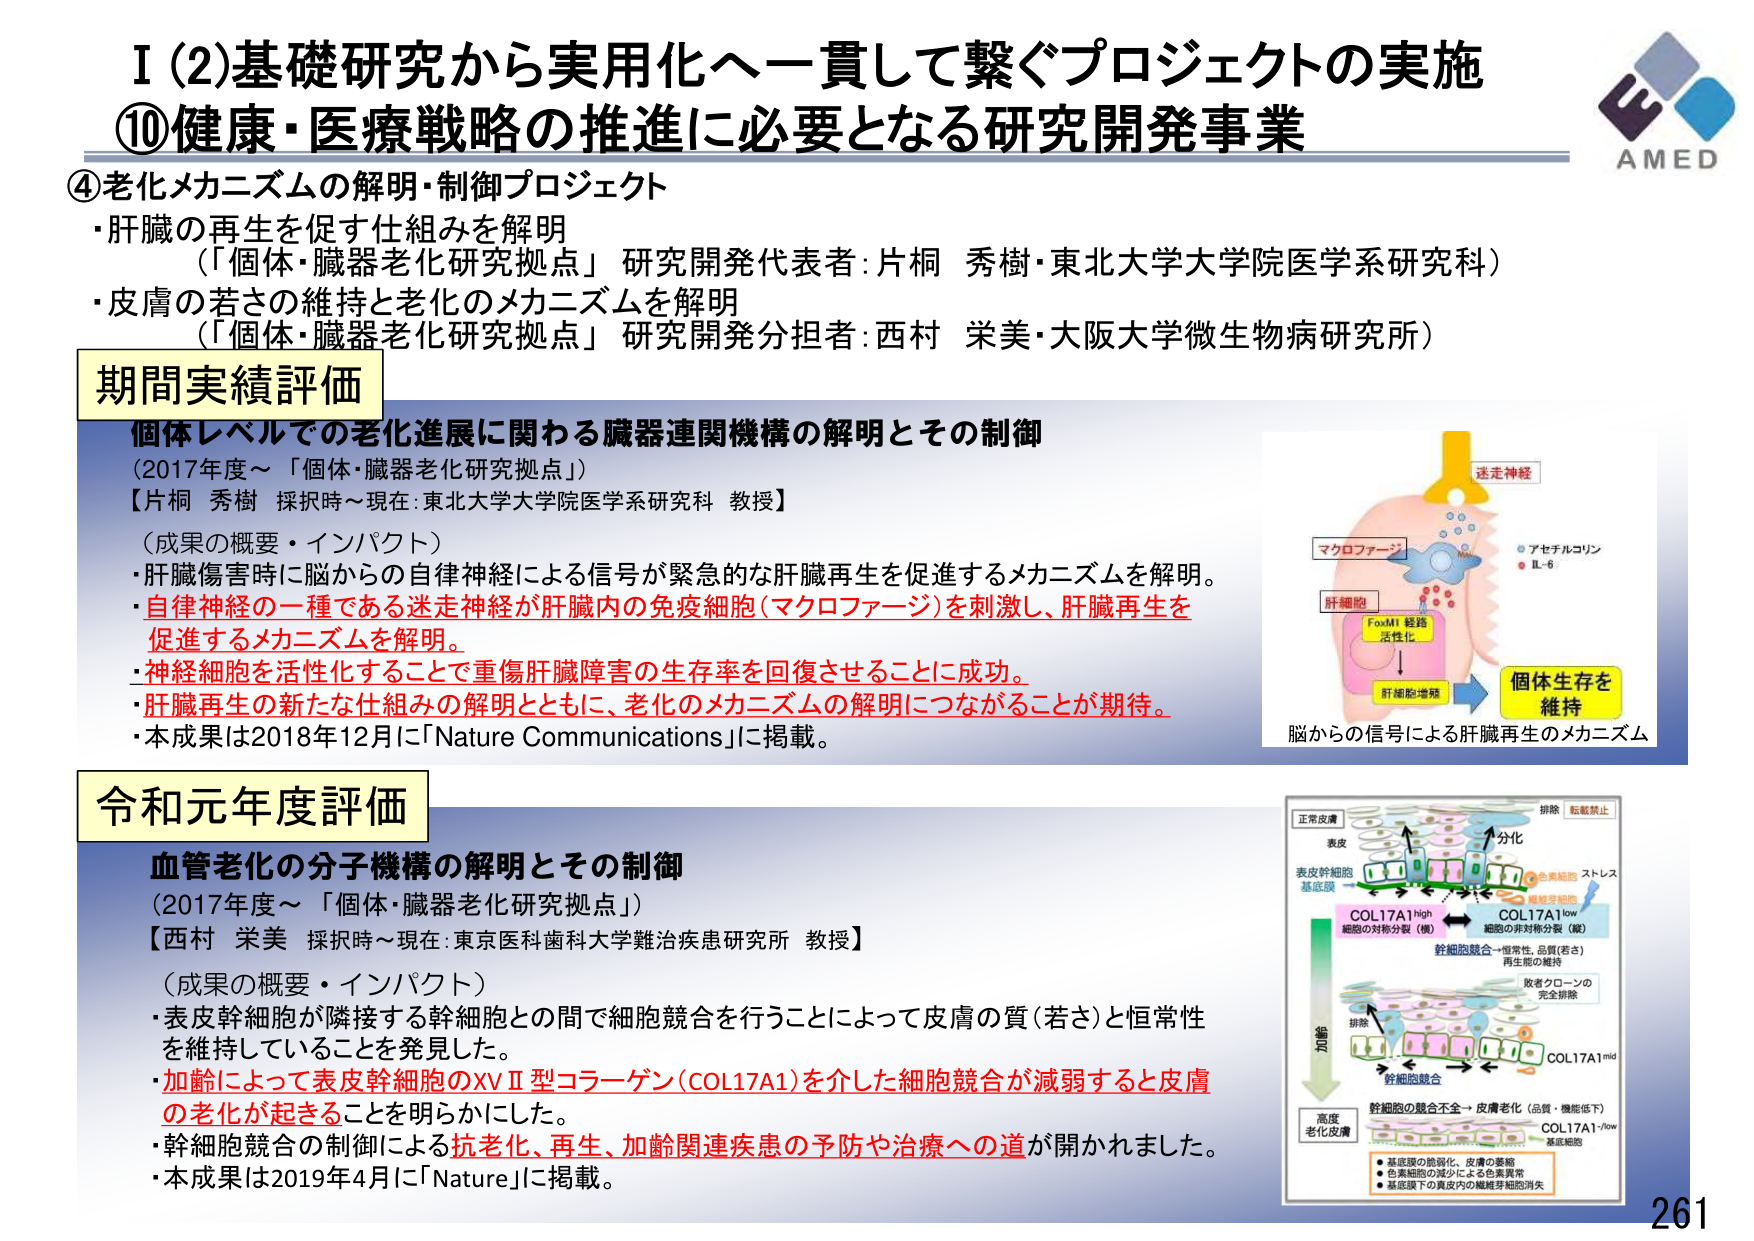
I (2) 基礎研究から実用化へ一貫して繋ぐプロジェクトの実施
⑩健康・医療戦略の推進に必要となる研究開発事業

④老化メカニズムの解明・制御プロジェクト
・肝臓の再生を促す仕組みを解明
（「個体・臓器老化研究拠点」研究開発代表者：片桐 秀樹・東北大学大学院医学系研究科）
・皮膚の若さの維持と老化のメカニズムを解明
（「個体・臓器老化研究拠点」研究開発分担者：西村 栄美・大阪大学微生物病研究所）

期間実績評価
個体レベルでの老化進展に関わる臓器連関機構の解明とその制御
（2017年度～「個体・臓器老化研究拠点」）
【片桐 秀樹 採択時～現在：東北大学大学院医学系研究科 教授】
（成果の概要・インパクト）
・肝臓傷害時に脳からの自律神経による信号が緊急的な肝臓再生を促進するメカニズムを解明。
・自律神経の一種である迷走神経が肝臓内の免疫細胞（マクロファージ）を刺激し、肝臓再生を促進するメカニズムを解明。
・神経細胞を活性化することで重傷肝臓障害の生存率を回復させることに成功。
・肝臓再生の新たな仕組みの解明とともに、老化のメカニズムの解明につながることが期待。
・本成果は2018年12月に「Nature Communications」に掲載。

脳からの信号による肝臓再生のメカニズム
迷走神経
マクロファージ
アセチルコリン
IL-6
肝細胞
FoxM1 経路
活性化
肝細胞増殖
個体生存を
維持

令和元年度評価
血管老化の分子機構の解明とその制御
（2017年度～「個体・臓器老化研究拠点」）
【西村 栄美 採択時～現在：東京医科歯科大学難治疾患研究所 教授】
（成果の概要・インパクト）
・表皮幹細胞が隣接する幹細胞との間で細胞競合を行うことによって皮膚の質（若さ）と恒常性を維持していることを発見した。
・加齢によって表皮幹細胞のXVⅡ型コラーゲン（COL17A1）を介した細胞競合が減弱すると皮膚の老化が起きることを明らかにした。
・幹細胞競合の制御による抗老化、再生、加齢関連疾患の予防や治療への道が開かれました。
・本成果は2019年4月に「Nature」に掲載。

正常皮膚
表皮
表皮幹細胞
基底膜
COL17A1high
細胞の対称分裂（嫩）
COL17A1low
細胞の非対称分裂（老）
幹細胞競合 → 恒常性、品質（若さ）
再生能の維持
排除
転転禁止
ストレス
色素細胞
繊維芽細胞
加齢
幹細胞競合
COL17A1mid
排除
高度
老化皮膚
幹細胞の競合不全 → 皮膚老化（品質・機能低下）
COL17A1low
基底細胞
・基底膜の脆弱化、皮膚の萎縮
・色素細胞の減少による色素異常
・基底膜下の真皮内の繊維芽細胞消失

AMED
261